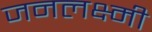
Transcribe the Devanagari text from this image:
जनलक्ष्मी